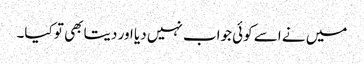
میں نے اسے کوئی جواب نہیں دیا اور دیتا بھی تو کیا۔